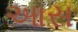
આસ